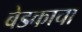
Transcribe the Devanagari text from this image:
बेडकाचा